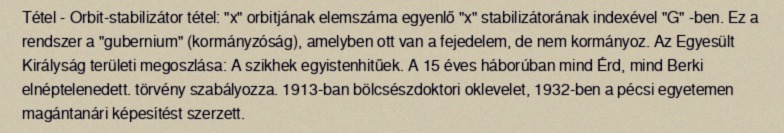
Tétel - Orbit-stabilizátor tétel: "x" orbitjának elemszáma egyenlő "x" stabilizátorának indexével "G" -ben. Ez a rendszer a "gubernium" (kormányzóság), amelyben ott van a fejedelem, de nem kormányoz. Az Egyesült Királyság területi megoszlása: A szikhek egyistenhitűek. A 15 éves háborúban mind Érd, mind Berki elnéptelenedett. törvény szabályozza. 1913-ban bölcsészdoktori oklevelet, 1932-ben a pécsi egyetemen magántanári képesítést szerzett.